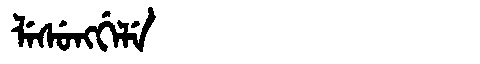
Manchu: ᠯᡝᠰᡠᠩᡤᡝᠯᡝ
Romanization: LESUNGGELE